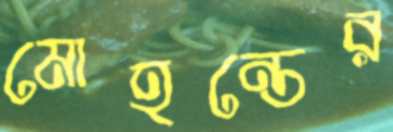
মোহন্তের